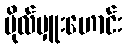
ဗိုလ်မှူးဟောင်း